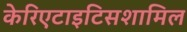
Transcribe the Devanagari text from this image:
केरिएटाइटिसशामिल